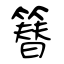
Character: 簮